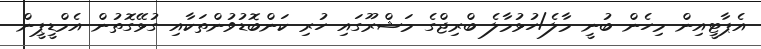
އެޕާޓީއިން މިހެން ބުނީ މާލެ/ހުޅުމާލެ ބްރިޖްގެ މަޝްރޫގައި ހުރި ކަންބޮޑުވުންތަކާއި ގުޅޭގޮތުން އެމްޑީޕީން